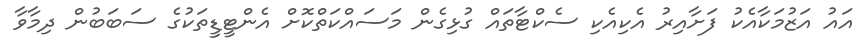
އައު އަޒުމަކާއެކު ފަށާއިރު އެކިއެކި ސެކްޓާތައް ގުޅިގެން މަސައްކަތްކޮށް އެންޓީޑީތަކުގެ ސަބަބުން ދިމާވާ